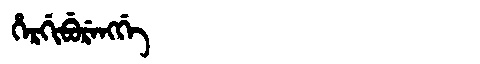
Manchu: ᡥᡝᡵᡤᡳᠪᡠᡵᡝᠩᡤᡝ
Romanization: HERGIBURENGGE